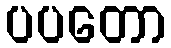
ပပတော